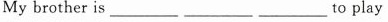
My brother is_________ _________ _________to play